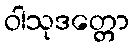
ဝါသုဒတ္တော